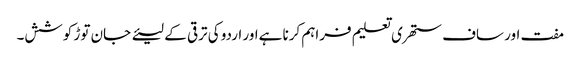
مفت اور ساف ستھری تعلیم فراہم کرنا ہےاور اردو کی ترقی کے لیئے جان توڑ کوشش۔